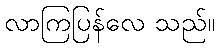
လာကြပြန်လေ သည်။